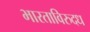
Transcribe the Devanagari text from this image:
भारताविरुदध